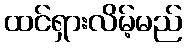
ထင်ရှားလိမ့်မည်